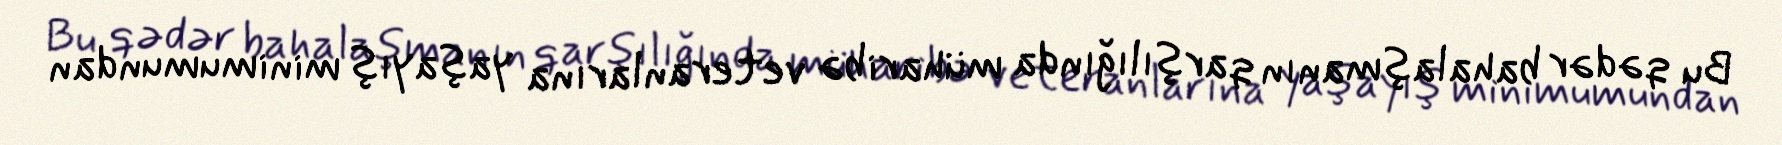
Bu qədər bahalaşmanın qarşılığında müharibə veteranlarına yaşayış minimumundan